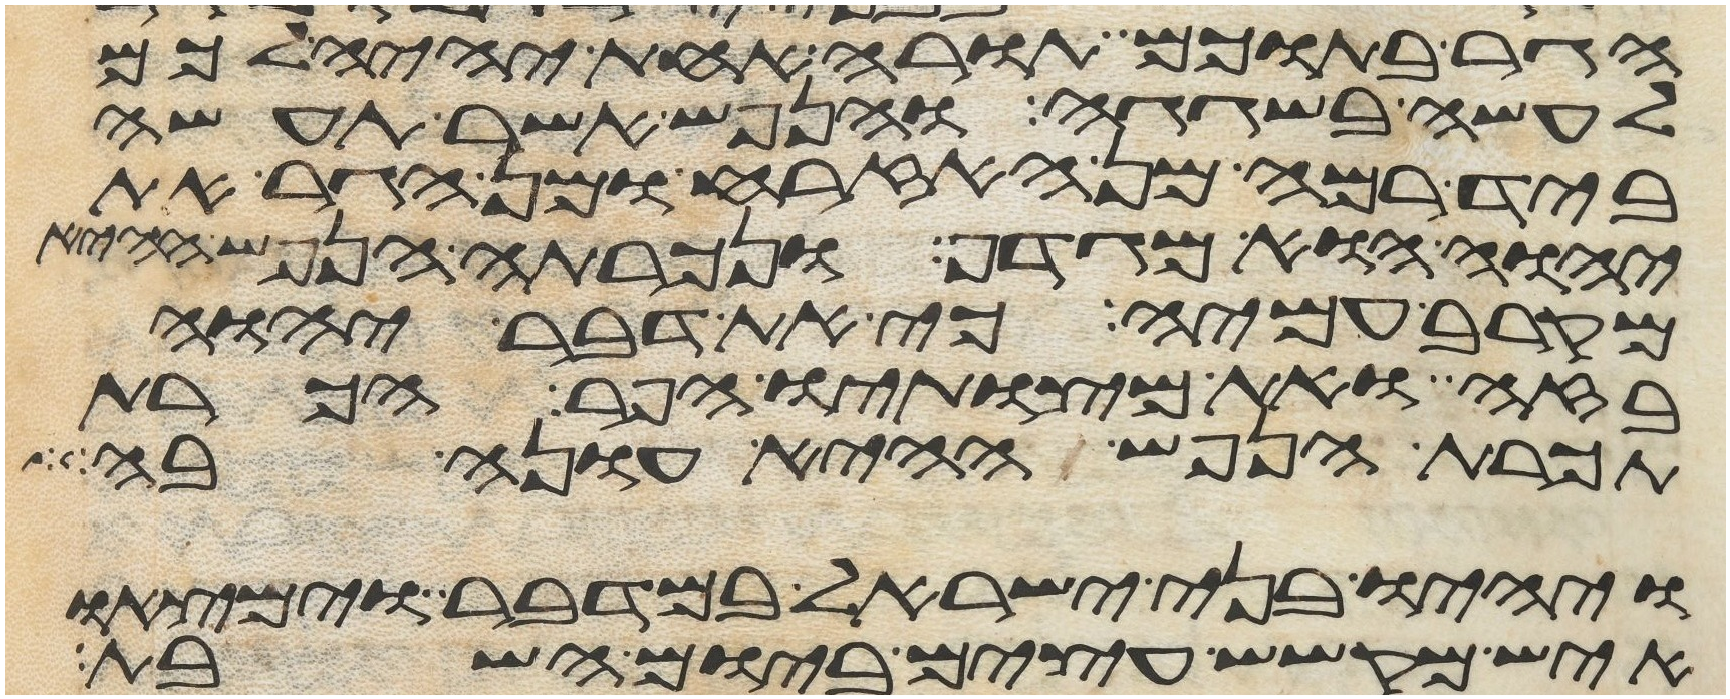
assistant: הגר בתוכם תורה אחת יהיה לכם
לעשה בשגגה והנפש אשר תעשה
ביד רמה מן האזרח ומן הגר את
יהוה הוא מגדף ונכרתה הנפש ההיא
מקרב עמיה כי את דבר יהוה
בזה ואת מצותיו הפר הכרת
תכרת הנפש ההיא עונה בה
ויהיו בני ישראל במדבר וימצאו
איש מקשש עצים ביום השבת